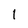
Character: l